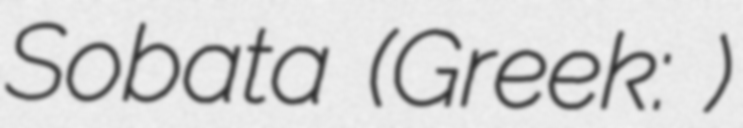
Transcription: Sobata (Greek: Σόβατα)